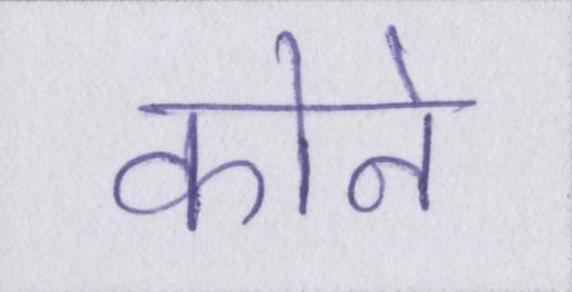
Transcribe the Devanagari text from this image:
कोने